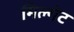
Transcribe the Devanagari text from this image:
मिल्गेट